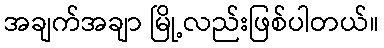
အချက်အချာ မြို့လည်းဖြစ်ပါတယ်။